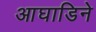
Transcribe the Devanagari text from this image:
आघाडिने